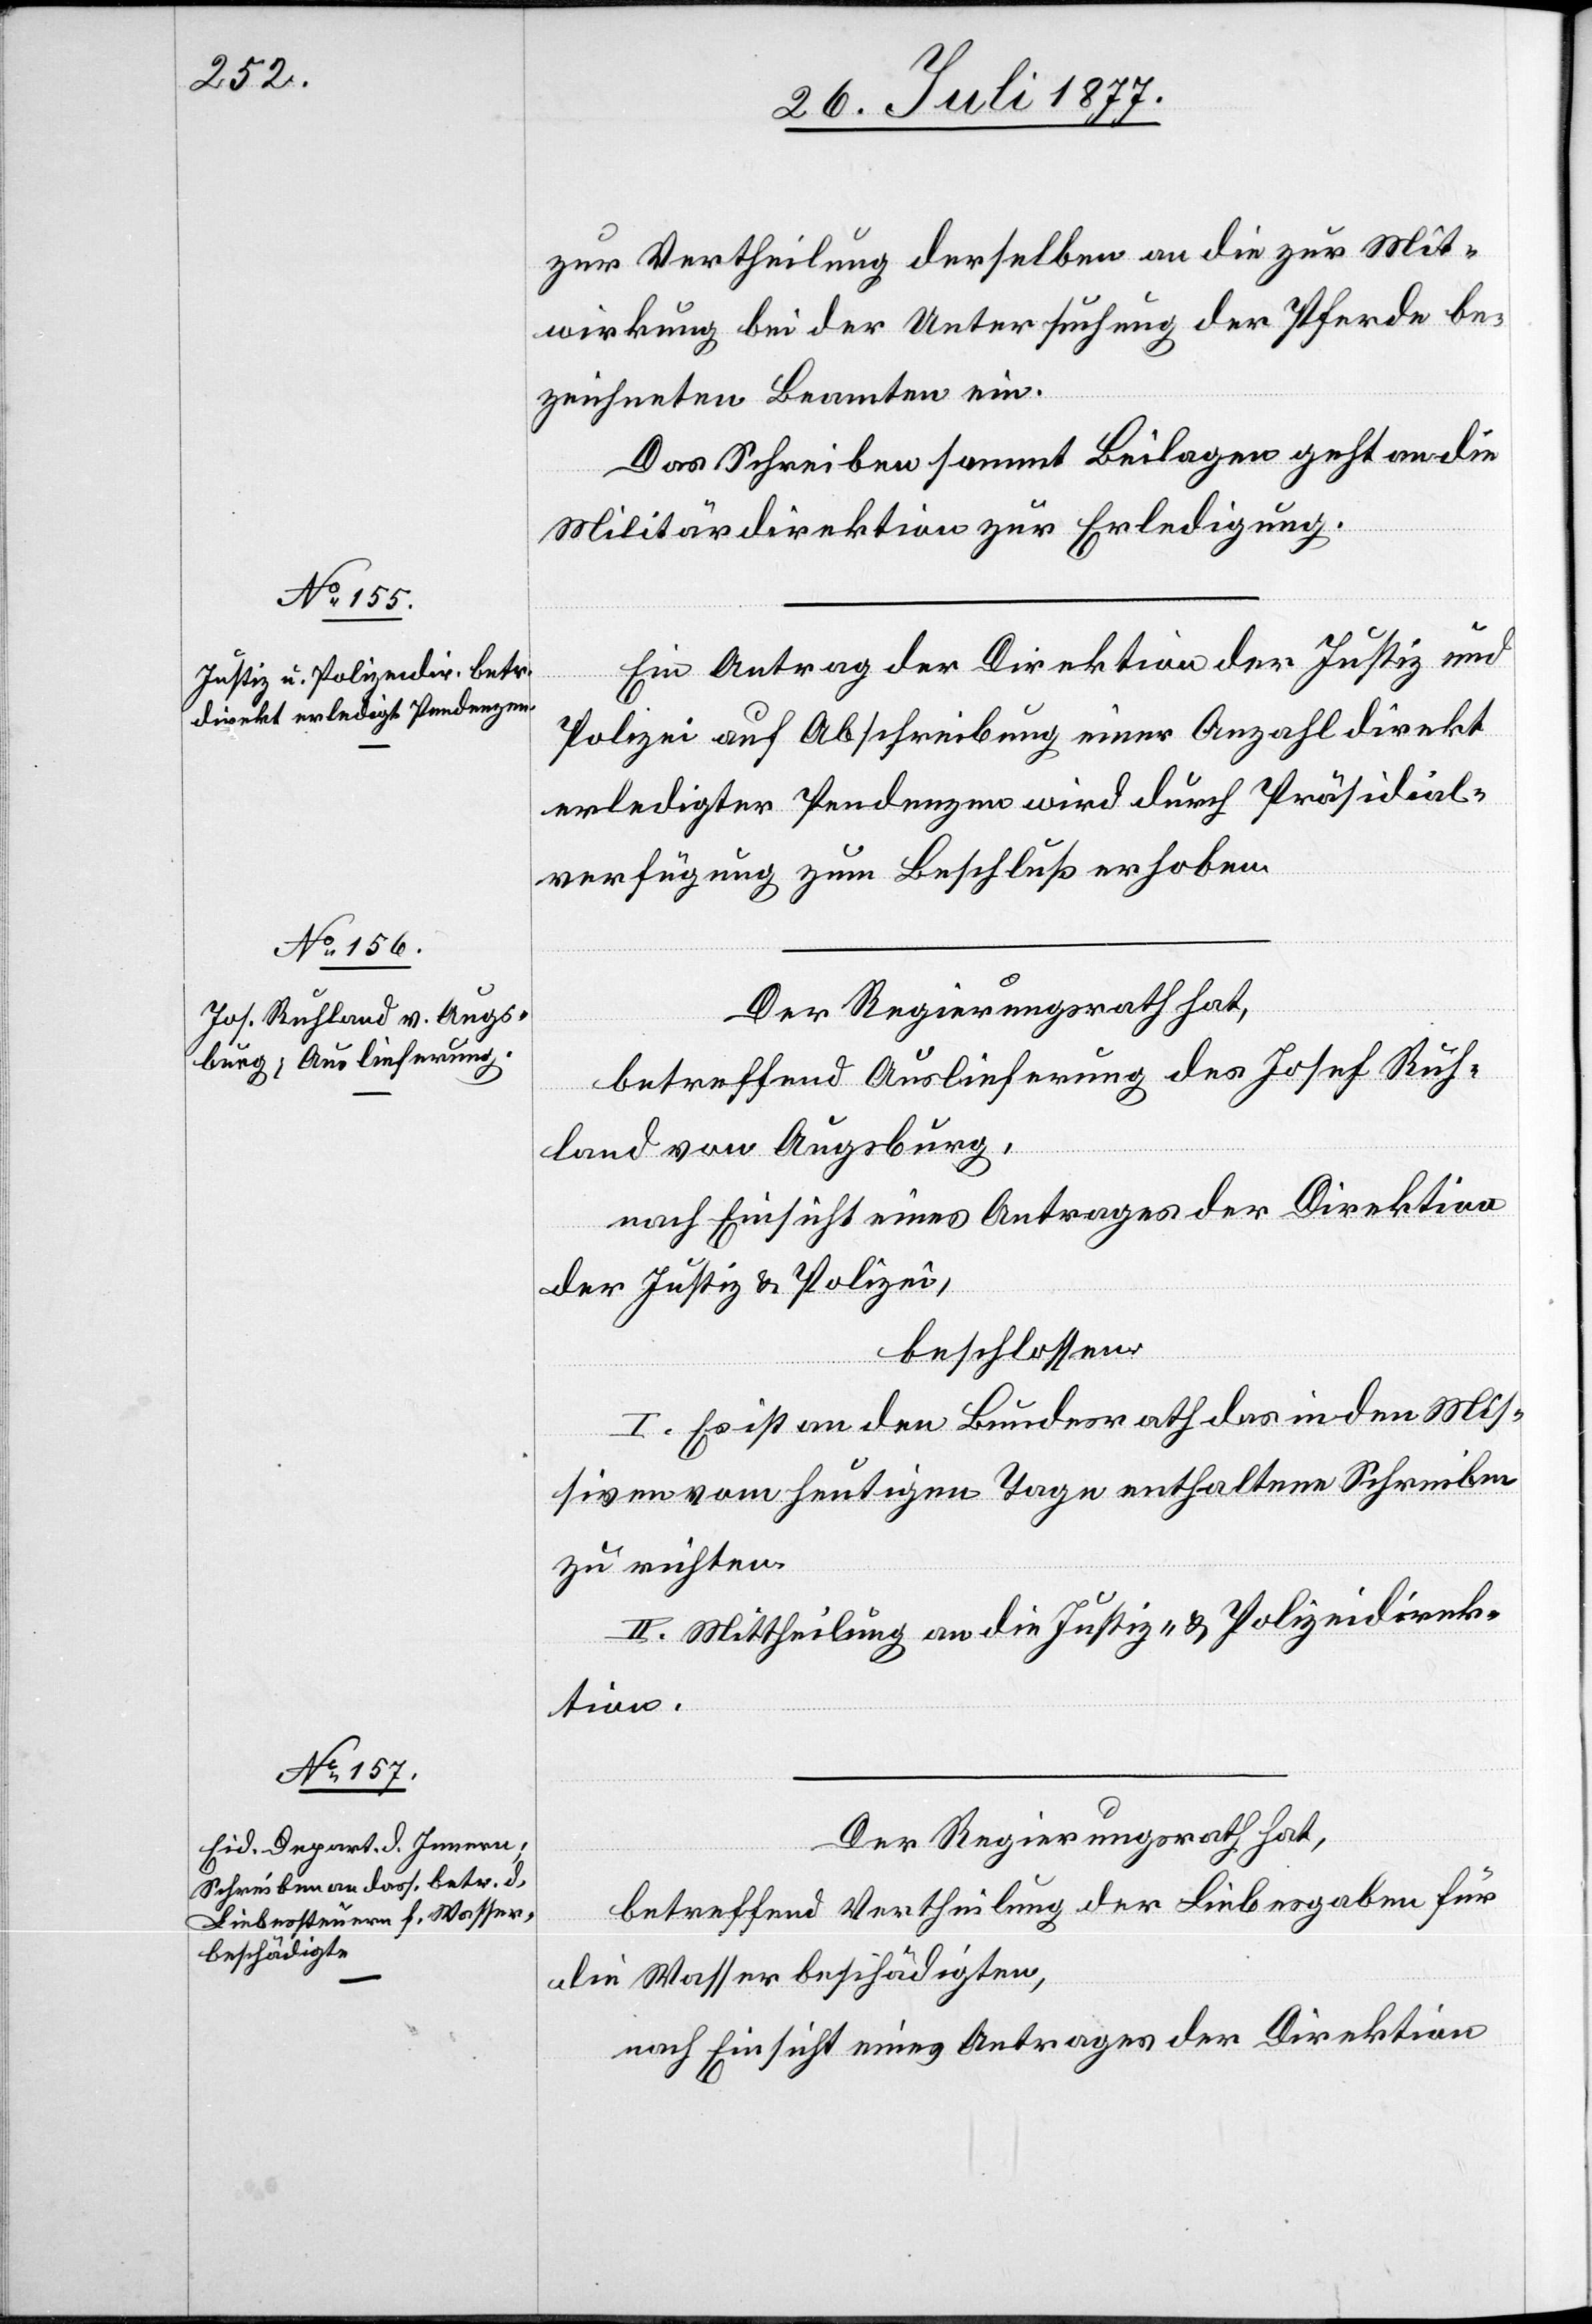
1.
zur Vertheilung derselben an die zur Mit¬
wirkung bei der Untersuchung der Pferde be¬
zeichneten Beamten ein.
Das Schreiben sammt Beilagen geht an die
Militärdirektion zur Erledigung.
Ein Antrag der Direktion der Justiz und
Polizei auf Abschreibung einer Anzahl direkt
erledigter Pendenzen wird durch Präsidial¬
verfügung zum Beschluß erhoben.
Der Regierungsrath hat,
betreffend Auslieferung des Josef Ruh¬
land von Augsburg,
nach Einsicht eines Antrages der Direktion
der Justiz & Polizei,
beschlossen:
I. Es ist an den Bundesrath das in den Mis¬
siven vom heutigen Tage enthaltene Schreiben
zu richten.
II. Mittheilung an die Justiz- & Polizeidirek¬
tion.
Der Regierungsrath hat,
betreffend Vertheilung der Liebesgaben für
die Wasserbeschädigten,
nach Einsicht eines Antrages der Direktion